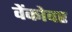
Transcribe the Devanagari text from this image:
वेंकोवर